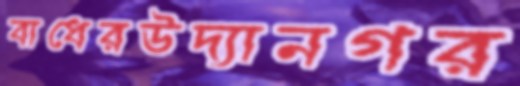
বাধেরউদ্যানগর